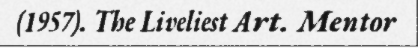
(1957). The Liveliest Art. Mentor